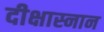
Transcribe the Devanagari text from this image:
दीक्षास्नान